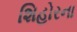
શિહોરના